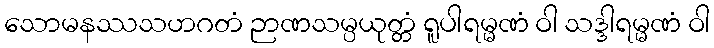
သောမနဿသဟဂတံ ဉာဏသမ္ပယုတ္တံ ရူပါရမ္မဏံ ဝါ သဒ္ဒါရမ္မဏံ ဝါ